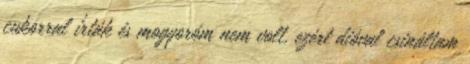
cukorral írták és mogyoróm nem volt, ezért dióval csináltam